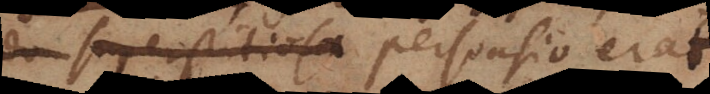
superstitiosa persuasio erat